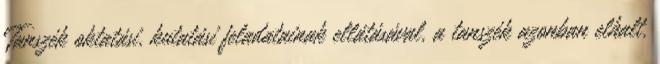
Tanszék oktatási, kutatási feladatainak ellátásával, a tanszék azonban elhalt,